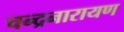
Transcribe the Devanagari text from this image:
चन्द्रनारायण